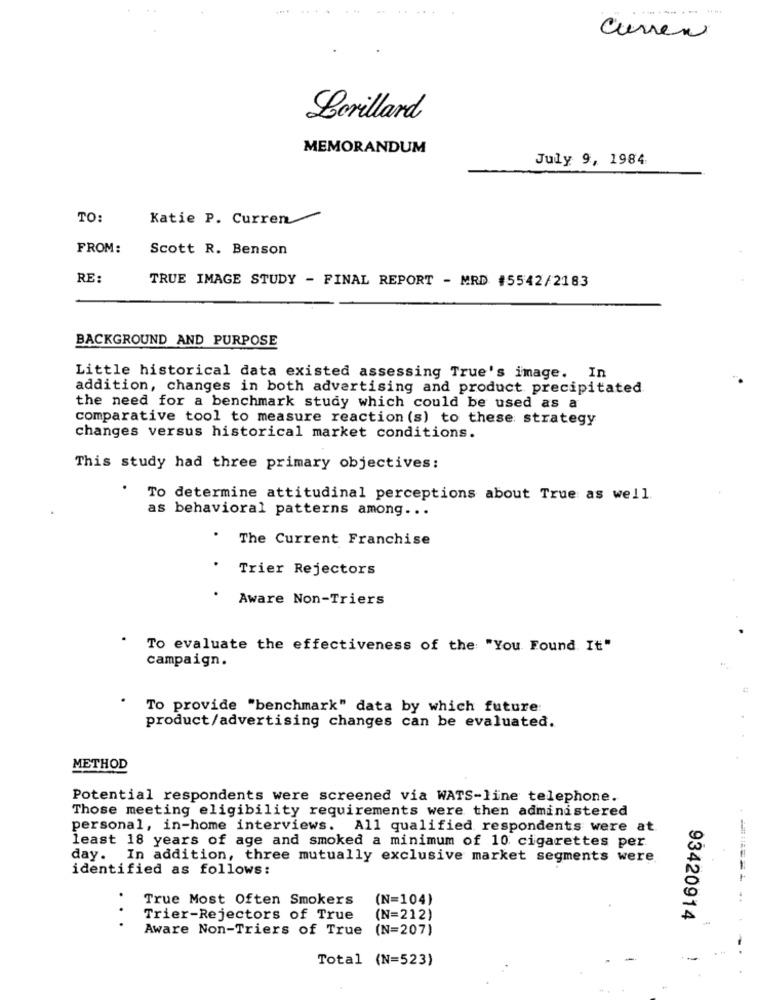
------- -
Curren
Lorillard
MEMORANDUM
July 9, 1984
TO:
Katie P. Curren
FROM:
Scott R. Benson
RE:
TRUE IMAGE STUDY - FINAL REPORT - MRD #5542/2183
BACKGROUND AND PURPOSE
Little historical data existed assessing True's image. In
addition, changes in both advertising and product precipitated
the need for a benchmark study which could be used as a
comparative tool to measure reaction (s) to these strategy
changes versus historical market conditions.
This study had three primary objectives:
.
To determine attitudinal perceptions about True as well.
as behavioral patterns among ...
The Current Franchise
Trier Rejectors
Aware Non-Triers
To evaluate the effectiveness of the "You Found It"
campaign.
To provide "benchmark" data by which future
product/advertising changes can be evaluated.
METHOD
Potential respondents were screened via WATS-line telephone.
Those meeting eligibility requirements were then administered
personal, in-home interviews. All qualified respondents were at.
least 18 years of age and smoked a minimum of 10 cigarettes per
day. In addition, three mutually exclusive market segments were
identified as follows:
.
True Most Often Smokers
(N=104)
-------
. .
Trier-Rejectors of True
(N=212)
93420914
Aware Non-Triers of True (N=207)
Total (N=523)